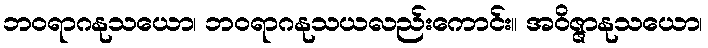
ဘဝရာဂနုသယော၊ ဘဝရာဂနုသယလည်းကောင်း။ အဝိဇ္ဇာနုသယော၊